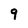
Character: 9